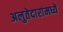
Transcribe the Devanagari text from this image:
अलुतेदारांमध्ये